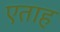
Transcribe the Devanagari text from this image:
एताह